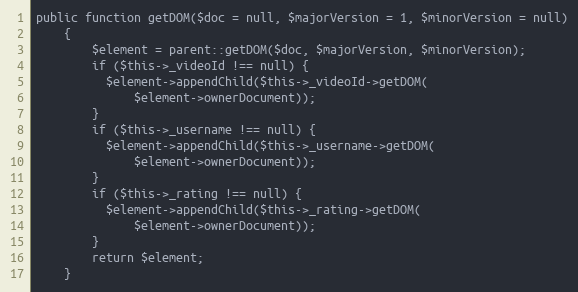
Language: PHP
public function getDOM($doc = null, $majorVersion = 1, $minorVersion = null)
    {
        $element = parent::getDOM($doc, $majorVersion, $minorVersion);
        if ($this->_videoId !== null) {
          $element->appendChild($this->_videoId->getDOM(
              $element->ownerDocument));
        }
        if ($this->_username !== null) {
          $element->appendChild($this->_username->getDOM(
              $element->ownerDocument));
        }
        if ($this->_rating !== null) {
          $element->appendChild($this->_rating->getDOM(
              $element->ownerDocument));
        }
        return $element;
    }